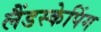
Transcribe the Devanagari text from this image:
लैंडस्केपिंग